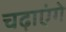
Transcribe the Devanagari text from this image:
चढ़ाएंगे